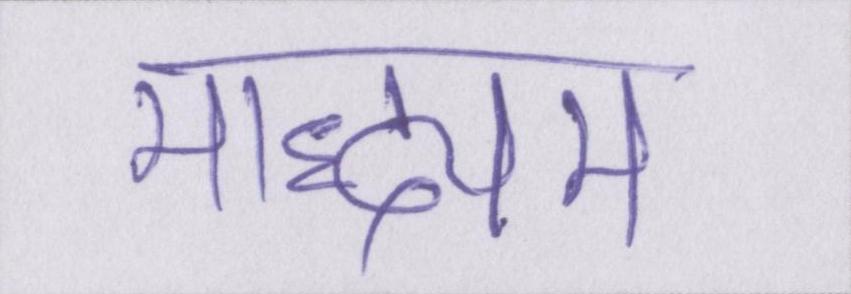
माद्ध्यम